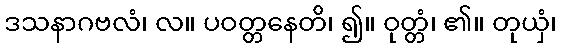
ဒသနာဂဗလံ၊ လ။ ပဝတ္တနေတိ၊ ၍။ ဝုတ္တံ၊ ၏။ တုယှံ၊